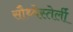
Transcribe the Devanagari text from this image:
सौथ्वेस्तेर्ली